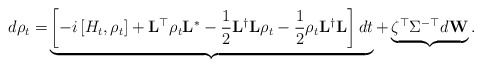
\begin{align*}d\rho_t = & \underbrace{\left[-i\left[H_t,\rho_t\right] + \mathbf{L}^{\top}\rho_t\mathbf{L}^{\ast} - \frac{1}{2}\mathbf{L}^{\dagger}\mathbf{L}\rho_t - \frac{1}{2}\rho_t\mathbf{L}^{\dagger}\mathbf{L}\right]dt }_{}+ \underbrace{\zeta^{\top}\Sigma^{-\top}d\mathbf{W}}_{}.\end{align*}